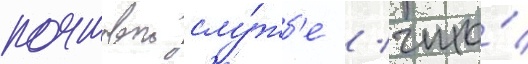
почтовои слу́жб'е / что́